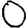
Digit: 0